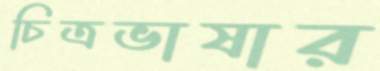
চিত্রভাষার